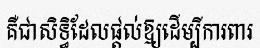
គឺជាសិទ្ធិដែលផ្តល់ឱ្យដើម្បីការពារ